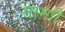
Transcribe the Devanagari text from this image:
साम्ग्री